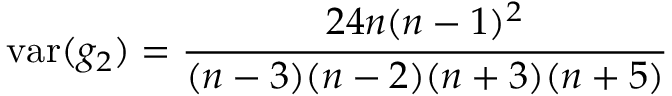
\operatorname { v a r } ( g _ { 2 } ) = { \frac { 2 4 n ( n - 1 ) ^ { 2 } } { ( n - 3 ) ( n - 2 ) ( n + 3 ) ( n + 5 ) } }